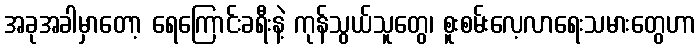
အခုအခါမှာတော့ ရေကြောင်းခရီးနဲ့ ကုန်သွယ်သူတွေ၊ စူးစမ်းလေ့လာရေးသမားတွေဟာ